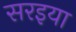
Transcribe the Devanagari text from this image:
सरइया